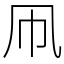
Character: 凧